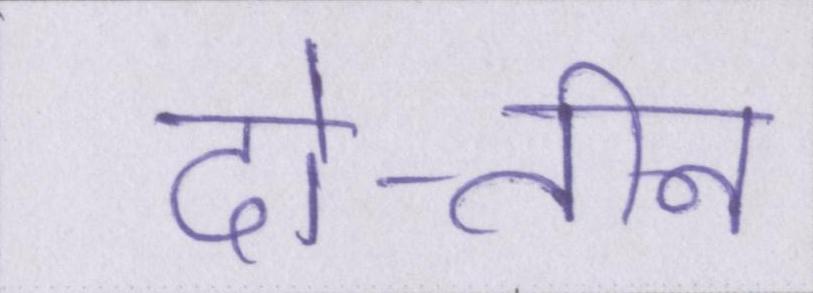
दो-तीन